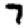
Digit: 7